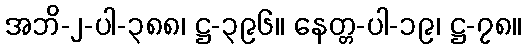
အဘိ-၂-ပါ-၃၈၈၊ ဋ္ဌ-၃၉၆။ နေတ္တ-ပါ-၁၉၊ ဋ္ဌ-၇၈။